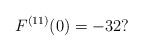
LaTeX: \begin{align*}F^{(11)}(0)=-32?\end{align*}